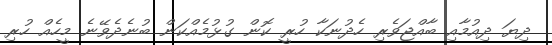
ދިޔަ ދިއުމާއި ބާއްޖަވެރި ހެދުނަކާ ހުރީ ކޮން ގުޅުމެއްކަން ބުނެދެވޭނެ މީހެއް ހުރި